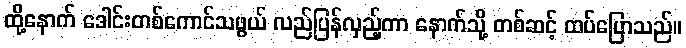
ထို့နောက် ဒေါင်းတစ်ကောင်သဖွယ် လည်ပြန်လှည့်ကာ နောက်သို့ တစ်ဆင့် ထပ်ပြောသည်။